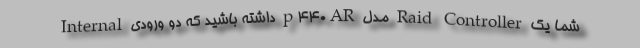
شما یک Raid Controller مدل p440AR داشته باشید که دو ورودی Internal